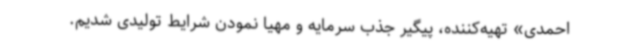
احمدی» تهیه‌کننده، پیگیر جذب سرمایه و مهیا نمودن شرایط تولیدی شدیم.